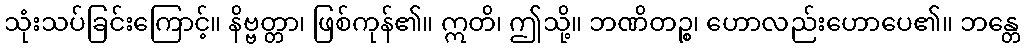
သုံးသပ်ခြင်းကြောင့်။ နိဗ္ဗတ္တာ၊ ဖြစ်ကုန်၏။ ဣတိ၊ ဤသို့။ ဘဏိတဉ္စ၊ ဟောလည်းဟောပေ၏။ ဘန္တေ